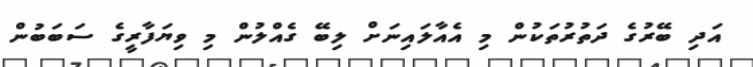
އަދި ބޭރުގެ ދަތުރުތަކުން މި އެއާލައިނަށް ލިބޭ ގެއްލުން މި ވިޔަފާރީގެ ސަބަބުން